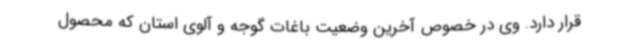
قرار دارد. وی در خصوص آخرین وضعیت باغات گوجه و آلوی استان که محصول